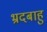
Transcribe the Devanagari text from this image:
भ्रदबाहु